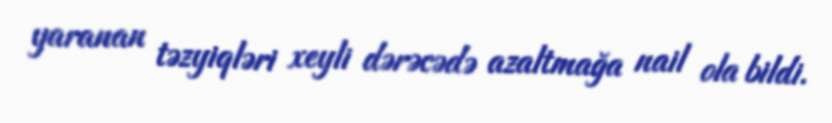
yaranan təzyiqləri xeyli dərəcədə azaltmağa nail ola bildi.